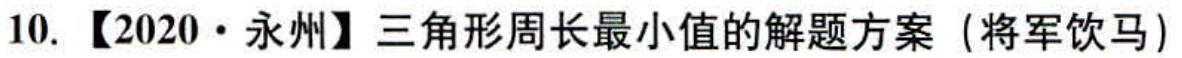
10. 【2020·永州】三角形周长最小值的解题方案（将军饮马）